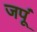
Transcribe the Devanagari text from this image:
जपूं